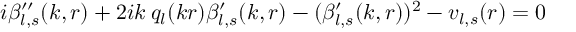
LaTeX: i \beta _ { l , s } ^ { \prime \prime } ( k , r ) + 2 i k \: q _ { l } ( k r ) \beta _ { l , s } ^ { \prime } ( k , r ) - ( \beta _ { l , s } ^ { \prime } ( k , r ) ) ^ { 2 } - v _ { l , s } ( r ) = 0